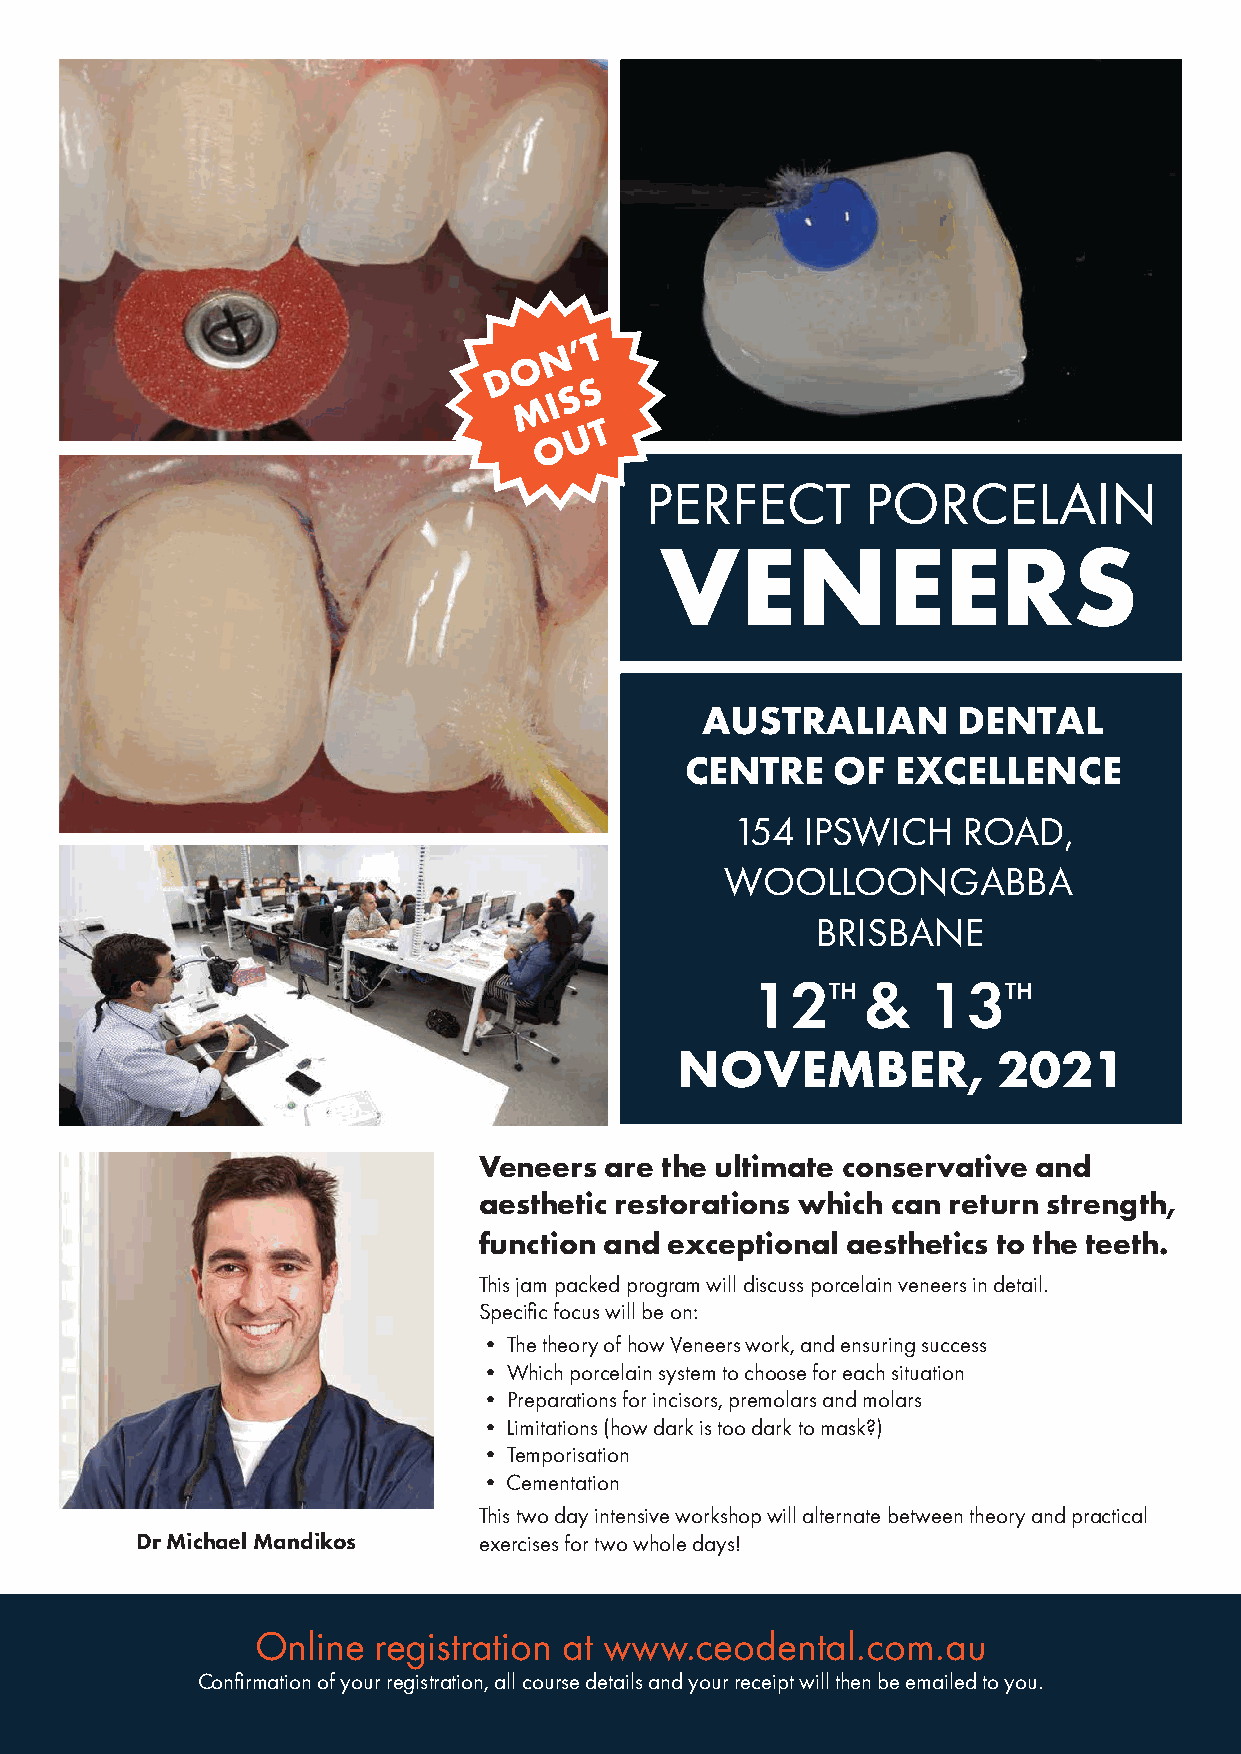
T
 N ’
 O
 D
 S
 S
 M  I
 T
 U
 O
 PERFECT       PORCELAIN
 VENEERS
 AUSTRALIAN       DENTAL
 CENTRE    OF  EXCELLENCE
 154  IPSWICH    ROAD,
 WOOLLOONGABBA
 BRISBANE
 12T   H &  13T   H
 NOVEMBER,            2021
 Veneers are the ultimate conservative and
 aesthetic restorations which can return strength,
 function and exceptional aesthetics to the teeth.
 This jam packed program will discuss porcelain veneers in detail.
 Specific focus will be on:
 • The theory of how Veneers work, and ensuring success
 • Which porcelain system to choose for each situation
 • Preparations for incisors, premolars and molars
 • Limitations (how dark is too dark to mask?)
 • Temporisation
 • Cementation
 This two day intensive workshop will alternate between theory and practical
 Dr Michael Mandikos    exercises for two whole days!
 Online  registration at www.ceodental.com.au
 Confirmation of your registration, all course details and your receipt will then be emailed to you.